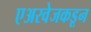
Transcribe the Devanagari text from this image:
एअरवेजकडून